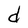
Character: d